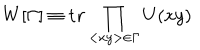
W [ \Gamma ] \equiv \mathrm { \bf t r } \prod _ { < x y > \in \Gamma } U ( x y )